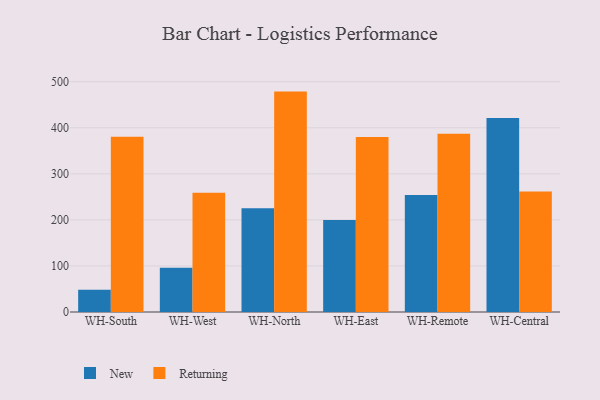
{"axis": {"x": "Warehouse", "y": "Churn Rate (%)"}, "legend": ["New", "Returning"], "data": [{"x": "WH-South", "y": 48.2, "type": "New"}, {"x": "WH-South", "y": 380.3, "type": "Returning"}, {"x": "WH-West", "y": 95.9, "type": "New"}, {"x": "WH-West", "y": 258.8, "type": "Returning"}, {"x": "WH-North", "y": 225.3, "type": "New"}, {"x": "WH-North", "y": 478.5, "type": "Returning"}, {"x": "WH-East", "y": 199.6, "type": "New"}, {"x": "WH-East", "y": 380.2, "type": "Returning"}, {"x": "WH-Remote", "y": 254.1, "type": "New"}, {"x": "WH-Remote", "y": 387.0, "type": "Returning"}, {"x": "WH-Central", "y": 421.2, "type": "New"}, {"x": "WH-Central", "y": 261.5, "type": "Returning"}]}